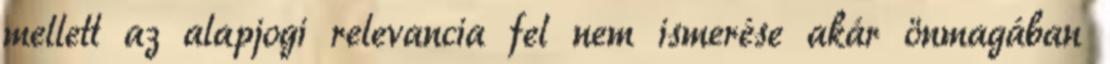
mellett az alapjogi relevancia fel nem ismerése akár önmagában